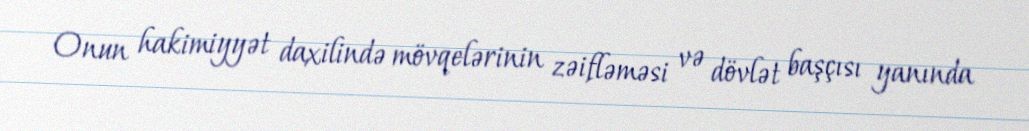
Onun hakimiyyət daxilində mövqelərinin zəifləməsi və dövlət başçısı yanında